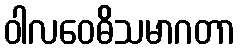
ဝါလဝေဓိသမာဂတာ